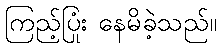
ကြည့်ပြုံး နေမိခဲ့သည်။